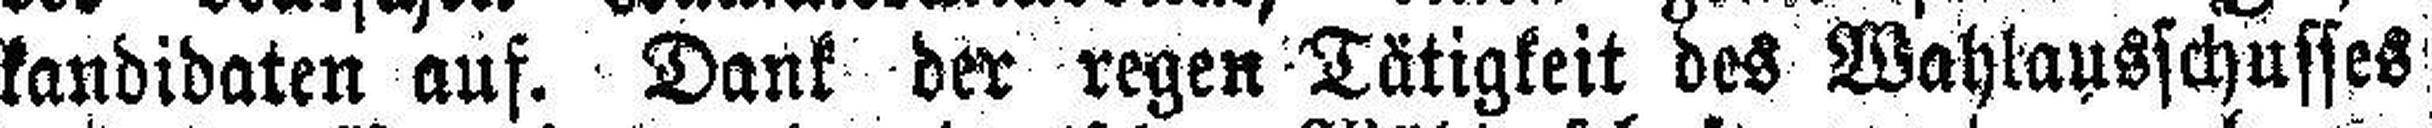
kandidaten auf. Dank der regen Tätigkeit des Wahlausschusses